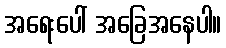
အရေးပေါ် အခြေအနေပါ။